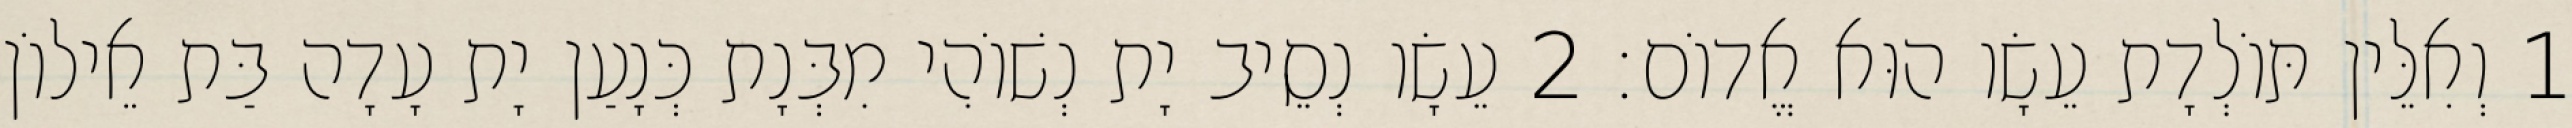
1 וְאִלֵּין תּוֹלְדָת עֵשָׂו הוּא אֱדוֹם׃ 2 עֵשָׂו נְסֵיב יָת נְשׁוֹהִי מִבְּנָת כְּנָעַן יָת עָדָה בַּת אֵילוֹן